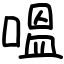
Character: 嗢